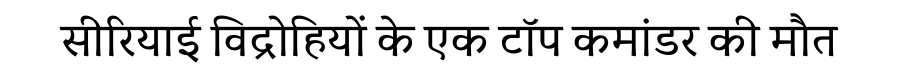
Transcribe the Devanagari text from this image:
सीरियाई विद्रोहियों के एक टॉप कमांडर की मौत